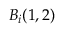
B _ { i } ( 1 , 2 )